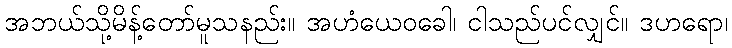
အဘယ်သို့မိန့်တော်မူသနည်း။ အဟံယေဝခေါ၊ ငါသည်ပင်လျှင်။ ဒဟရော၊